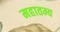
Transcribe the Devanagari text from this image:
महातम्य